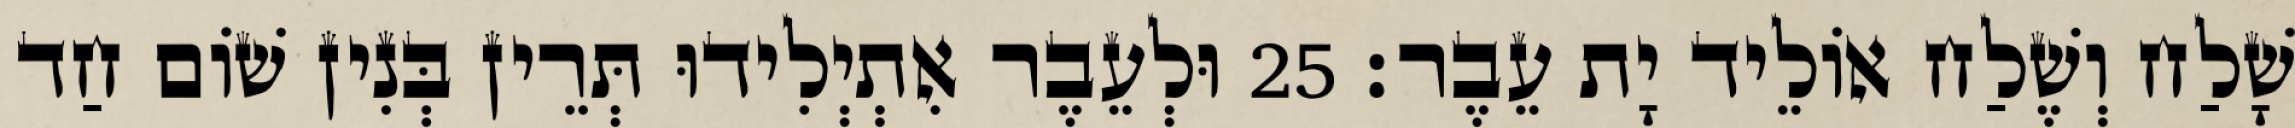
שָׁלַח וְשֶׁלַח אוֹלֵיד יָת עֵבֶר׃ 25 וּלְעֵבֶר אִתְיְלִידוּ תְּרֵין בְּנִין שׁוֹם חַד